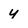
Character: y